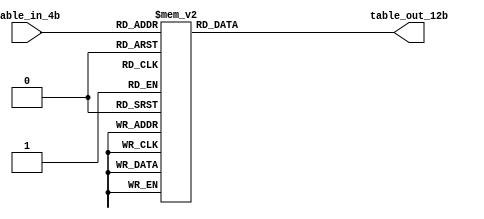
`timescale 1ns / 1ps
//////////////////////////////////////////////////////////////////////////////////
// Company: 
// Engineer: 
// 
// Design Name: 
// Module Name:    DA_table 
// Project Name: 
// Target Devices: 
// Tool versions: 
// Description: 
//
// Dependencies: 
//
// Revision: 
// Revision 0.01 - File Created
// Additional Comments: 
//
//////////////////////////////////////////////////////////////////////////////////
module DA_table(table_in_4b, table_out_12b);

parameter TABLE_WIDTH = 4;
parameter COEFF_WIDTH = 12;

input [TABLE_WIDTH-1 : 0] table_in_4b;
output [COEFF_WIDTH-1 : 0] table_out_12b;
reg [COEFF_WIDTH-1 : 0] table_out_12b;

always @(table_in_4b) begin
	 case(table_in_4b)
	     4'b0000: table_out_12b = 0;
	     4'b0001: table_out_12b = 41;
	     4'b0010: table_out_12b = 132;
	     4'b0011: table_out_12b = 173;
	     4'b0100: table_out_12b = 341;
	     4'b0101: table_out_12b = 382;	
	     4'b0110: table_out_12b = 473;
	     4'b0111: table_out_12b = 514;
	     4'b1000: table_out_12b = 510;	
	     4'b1001: table_out_12b = 551;
	     4'b1010: table_out_12b = 642;
	     4'b1011: table_out_12b = 683;
	     4'b1100: table_out_12b = 851;	
	     4'b1101: table_out_12b = 892;
	     4'b1110: table_out_12b = 983;
	     4'b1111: table_out_12b = 1024;	
	     default: table_out_12b = 0;	     
	 endcase
end

endmodule